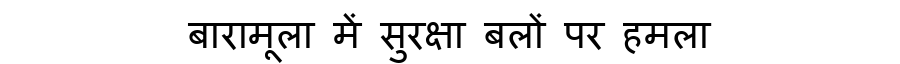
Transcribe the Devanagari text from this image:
बारामूला में सुरक्षा बलों पर हमला